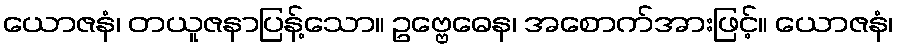
ယောဇနံ၊ တယူဇနာပြန့်သော။ ဥဗ္ဗေဓေန၊ အစောက်အားဖြင့်။ ယောဇနံ၊